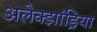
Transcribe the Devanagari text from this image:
अलेक्‍झांड्रिया